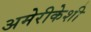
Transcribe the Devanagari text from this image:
अमेरीकेशी